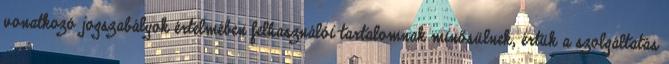
vonatkozó jogszabályok értelmében felhasználói tartalomnak minősülnek, értük a szolgáltatás